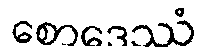
စောဒေဿံ